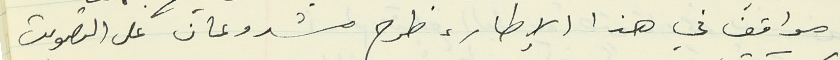
مواقف في هذا الإطار، طرح مشروعان على التصويت